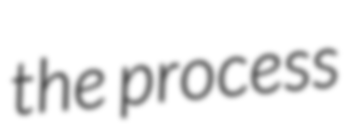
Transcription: the process